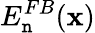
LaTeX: E_{\mathtt{n}}^{FB}({\mathbf{x}})